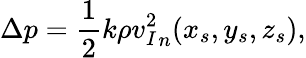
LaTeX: \Delta p=\frac{1}{2}k\rho{v_{I}^{2}}_{n}(x_{s},y_{s},z_{s}),